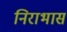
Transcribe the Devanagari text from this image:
निराभास